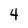
Character: 4